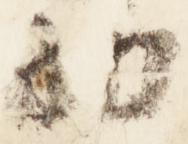
西